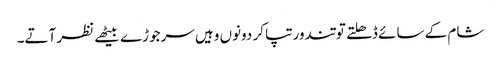
شام کے سائے ڈھلتے تو تندور تپا کر دونوں وہیں سرجوڑے بیٹھے نظر آتے۔